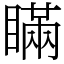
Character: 瞞